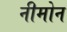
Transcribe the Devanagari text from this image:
नीमोन